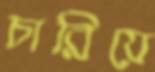
চারিয়ে